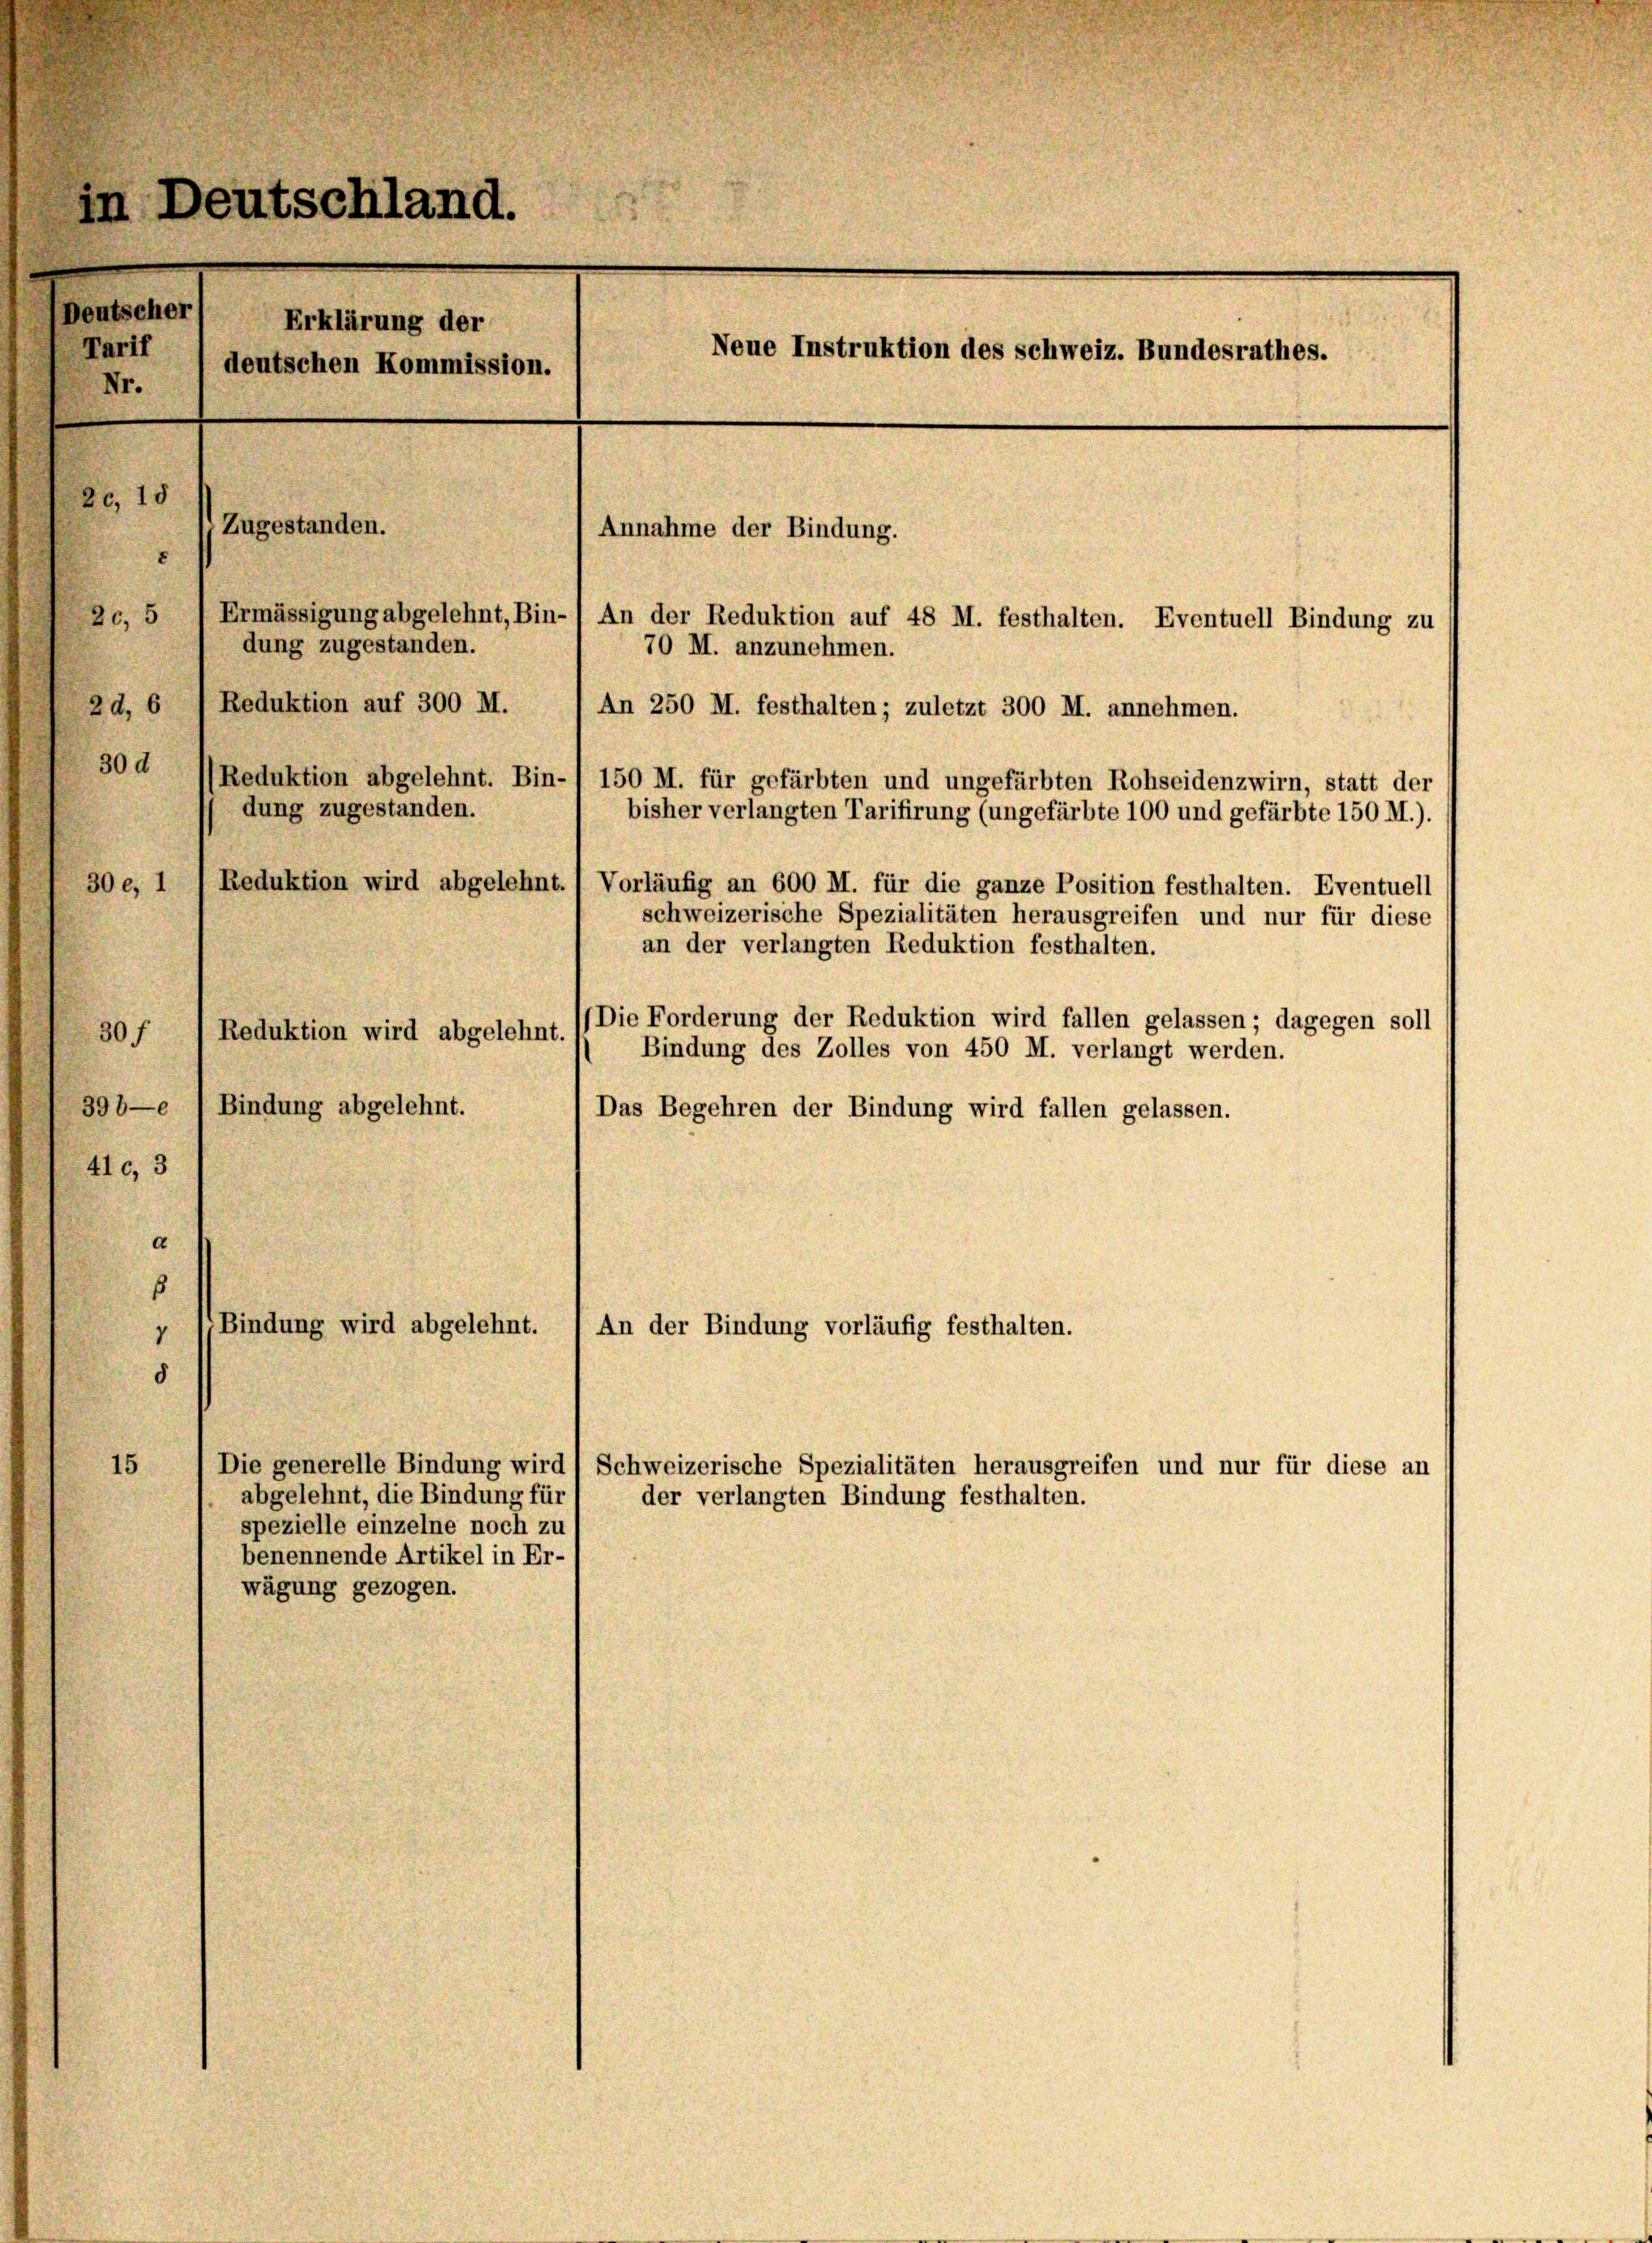
Deutscher
Nr.

in Deutschland.
20, 10
Zugestanden.
Annahme der Bindung.
20, 5
Ermässigung abgelehnt, Bin-) An der Reduktion auf 48 M. festhalten. Eventuell Bindung zu
dung zugestanden.
70 M. anzunehmen.
Reduktion auf 300 M.
2d, 6
An 250 M. festhalten; zuletzt 300 M. annehmen.

30 d Reduktion abgelehnt. Bin-) 150 M. für gefärbten und ungefärbten Rohseidenzwirn, statt der
bisher verlangten Tarifirung (ungefärbte 100 und gefärbte 150 M.).
30e, 1
Reduktion wird abgelehnt. (Vorläufig an 600 M. für die ganze Position festhalten. Eventuell
schweizerische Spezialitäten herausgreifen und nur für diese
Die Forderung der Reduktion wird fallen gelassen; dagegen soll
30f
Bindung des Zolles von 450 M. verlangt werden.
398—e Bindung abgelehnt.
Das Begehren der Bindung wird fallen gelassen.
41c, 3
d
8
Bindung wird abgelehnt.
An der Bindung vorläufig festhalten.
1
8
15
Die generelle Bindung wird / Schweizerische Spezialitäten herausgreifen und nur für diese an
abgelehnt, die Bindung für
der verlangten Bindung festhalten.
spezielle einzelne noch zu
benennende Artikel in Er-
wägung gezogen.

Erklärung der
Tarif / deutschen Kommission.

dung zugestanden.

Reduktion wird abgelehnt.

an der verlangten Reduktion festhalten.

Neue Instruktion des Schweiz. Bundesrathes.